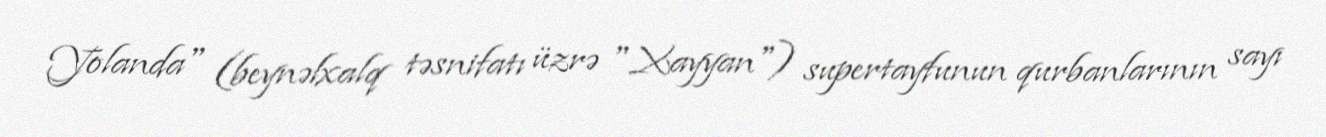
Yolanda" (beynəlxalq təsnifatı üzrə "Xayyan") supertayfunun qurbanlarının sayı